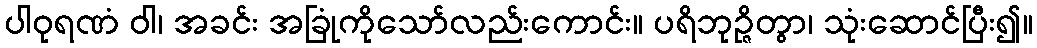
ပါဝုရဏံ ဝါ၊ အခင်း အခြုံကိုသော်လည်းကောင်း။ ပရိဘုဉ္ဇိတွာ၊ သုံးဆောင်ပြီး၍။